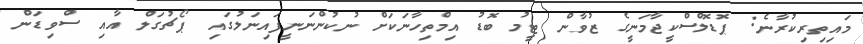
މައިތިރިކުރާނެ: ޕޮޑޮލްސްކީޖާމަނީގެ ޒުވާން ޓީމު ބޮޑު އިމްތިހާނަކަށް ނުކުންނަނީފައިނަލުގައި ޕޯޗުގަލް އާއި ސްވިޑަން